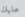
عليك